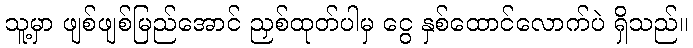
သူ့မှာ ဖျစ်ဖျစ်မြည်အောင် ညှစ်ထုတ်ပါမှ ငွေ နှစ်ထောင်လောက်ပဲ ရှိသည်။